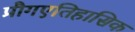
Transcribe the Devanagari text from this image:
प्रौगएतिहासिक